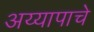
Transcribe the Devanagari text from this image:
अय्यापाचे